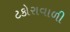
ટકોરાવાળી